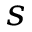
s